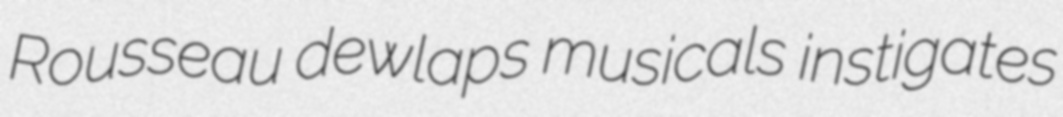
Rousseau dewlaps musicals instigates